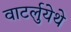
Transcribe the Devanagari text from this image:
वाटर्लुयेथे